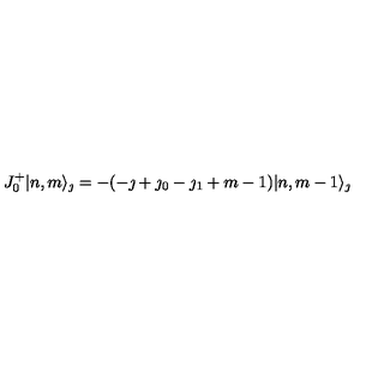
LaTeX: J _ { 0 } ^ { + } | n , m \rangle _ { \jmath } = - ( - \jmath + \jmath _ { 0 } - \jmath _ { 1 } + m - 1 ) | n , m - 1 \rangle _ { \jmath }